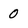
Character: 0